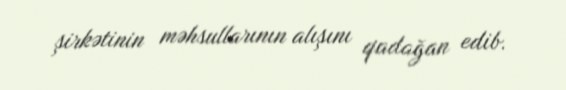
şirkətinin məhsullarının alışını qadağan edib.